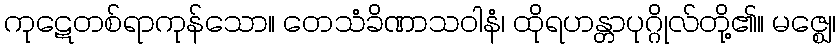
ကုဋေတစ်ရာကုန်သော။ တေသံခိဏာသဝါနံ၊ ထိုရဟန္တာပုဂ္ဂိုလ်တို့၏။ မဇ္ဈေ၊